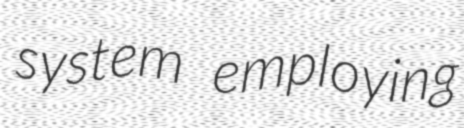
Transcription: system employing